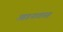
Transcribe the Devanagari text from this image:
आडनावासह